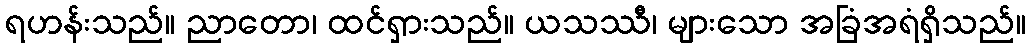
ရဟန်းသည်။ ညာတော၊ ထင်ရှားသည်။ ယသဿီ၊ များသော အခြံအရံရှိသည်။